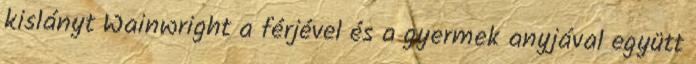
kislányt Wainwright a férjével és a gyermek anyjával együtt